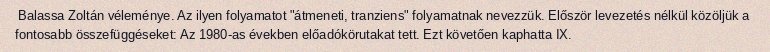
Balassa Zoltán véleménye. Az ilyen folyamatot "átmeneti, tranziens" folyamatnak nevezzük. Először levezetés nélkül közöljük a fontosabb összefüggéseket: Az 1980-as években előadókörutakat tett. Ezt követően kaphatta IX.